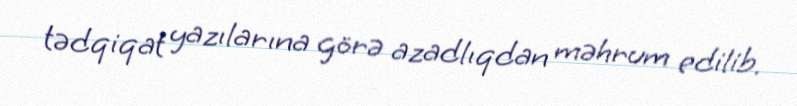
tədqiqat yazılarına görə azadlıqdan məhrum edilib.